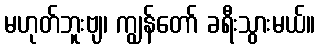
မဟုတ်ဘူးဗျ၊ ကျွန်တော် ခရီးသွားမယ်။